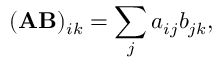
( \mathbf { A } \mathbf { B } ) _ { i k } = \sum _ { j } a _ { i j } b _ { j k } ,